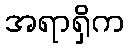
အရာရှိက